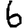
Digit: 6